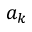
a _ { k }